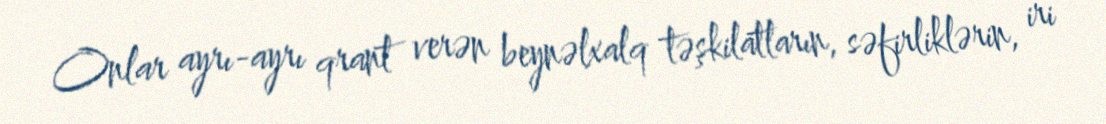
Onlar ayrı-ayrı qrant verən beynəlxalq təşkilatların, səfirliklərin, iri